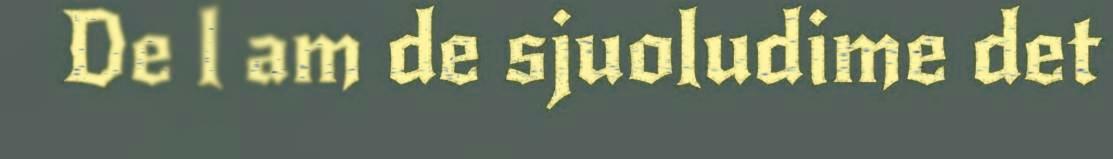
De l am de sjuoludime det